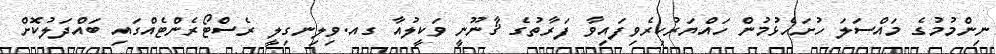
ނިންމުމުގެ މައްސަލަ ހުށަހެޅުމުން ހައްޔަރުކިރެވިފައިވާ ފަރާތުގެ ޤާނޫނީ ވަކީލުއާ ގއ.ވިލިނގިލީ ރެސްޓޯރެންޓެއްގައި ބައްދަލުކޮށް